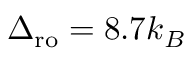
\Delta _ { \mathrm { r o } } = 8 . 7 k _ { B }